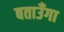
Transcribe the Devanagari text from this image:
बताउँगा